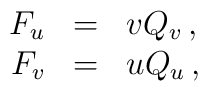
\begin{array}{rcl}F_u & = & v Q_v \,,\\F_v & = & u Q_u \,,\end{array}